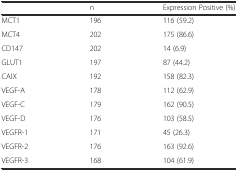
|  | n | Expression Positive (%) |
 | --- | --- | --- |
 | MCT1 | 196 | 116 (59.2) |
 | MCT4 | 202 | 175 (86.6) |
 | CD147 | 202 | 14 (6.9) |
 | GLUT1 | 197 | 87 (44.2) |
 | CAIX | 192 | 158 (82.3) |
 | VEGF-A | 178 | 112 (62.9) |
 | VEGF-C | 179 | 162 (90.5) |
 | VEGF-D | 176 | 103 (58.5) |
 | VEGFR-1 | 171 | 45 (26.3) |
 | VEGFR-2 | 176 | 163 (92.6) |
 | VEGFR-3 | 168 | 104 (61.9) |